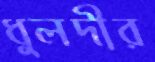
ধুলদীর